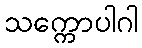
သက္ကောပါဂါ